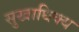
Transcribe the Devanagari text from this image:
सुखाधिक्य